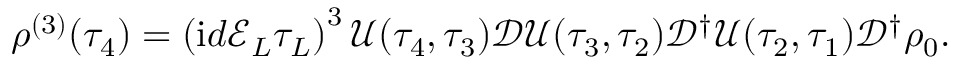
\rho ^ { ( 3 ) } ( \tau _ { 4 } ) = \left( \ensuremath { \mathrm { i } } d \mathcal { E } _ { L } \tau _ { L } \right) ^ { 3 } \mathscr { U } ( \tau _ { 4 } , \tau _ { 3 } ) \mathscr { D } \mathscr { U } ( \tau _ { 3 } , \tau _ { 2 } ) \mathscr { D } ^ { \dagger } \mathscr { U } ( \tau _ { 2 } , \tau _ { 1 } ) \mathscr { D } ^ { \dagger } \rho _ { 0 } .